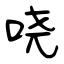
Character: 哓